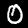
Label: 0